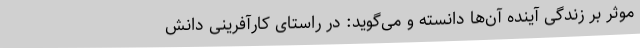
موثر بر زندگی آینده آن‌ها دانسته و می‌گوید: در راستای کارآفرینی دانش